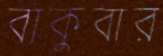
বাকুবার